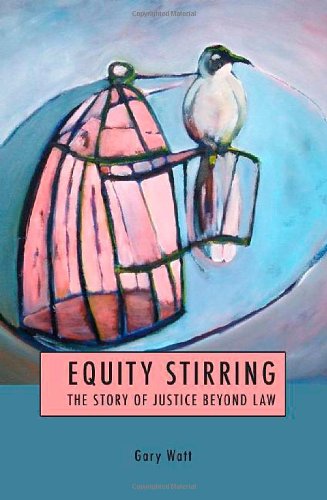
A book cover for Equity Stirring: The Story of Justice Beyond Law; Gary Watt; Law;